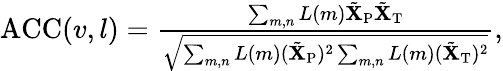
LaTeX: \begin{array}{r}{\operatorname{ACC}(v,l)=\frac{\sum_{m,n}L(m)\tilde{\mathbf{X}}_{\mathrm{P}}\tilde{\mathbf{X}}_{\mathrm{T}}}{\sqrt{\sum_{m,n}{L}(m)(\tilde{\mathbf{X}}_{\mathrm{P}})^{2}\sum_{m,n}{L}\left(m\right)(\tilde{\mathbf{X}}_{\mathrm{T}})^{2}}},}\end{array}